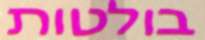
בולטות